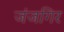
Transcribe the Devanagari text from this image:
जंजगिर